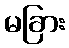
မခြား